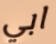
ابي